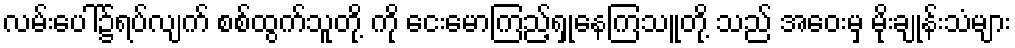
လမ်းပေါ်၌ရပ်လျက် စစ်ထွက်သူတို့ ကို ငေးမောကြည့်ရှုနေကြသူတို့ သည် အဝေးမှ မိုးချုန်းသံများ